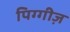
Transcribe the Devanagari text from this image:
पिग्गीज़